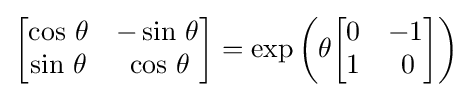
{\begin{bmatrix}\cos \,\theta &-\sin \,\theta \\\sin \,\theta &\,\cos \,\theta \end{bmatrix}}=\exp \left(\theta {\begin{bmatrix}0&-1\\1&\,0\end{bmatrix}}\right)